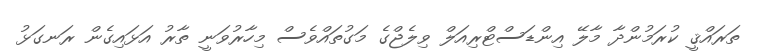
ތަރައްޤީ ކުރަމުންދާ މާލޭ އިންޑަސްޓްރިއަލް ވިލެޖްގެ މަގުތައްވެސް މިހާރުވަނީ ތާރު އަޅައިގެން ރަނގަޅު